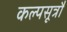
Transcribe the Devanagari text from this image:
कल्पसूत्रौं